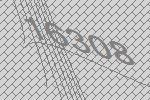
16308